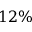
1 2 \%